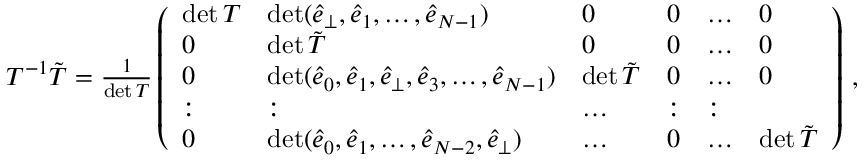
\begin{array} { r } { T ^ { - 1 } \tilde { T } = \frac { 1 } { \operatorname* { d e t } T } \left( \begin{array} { l l l l l l } { \operatorname* { d e t } T } & { \operatorname* { d e t } ( \hat { e } _ { \perp } , \hat { e } _ { 1 } , \dots , \hat { e } _ { N - 1 } ) } & { 0 } & { 0 } & { \dots } & { 0 } \\ { 0 } & { \operatorname* { d e t } \tilde { T } } & { 0 } & { 0 } & { \dots } & { 0 } \\ { 0 } & { \operatorname* { d e t } ( \hat { e } _ { 0 } , \hat { e } _ { 1 } , \hat { e } _ { \perp } , \hat { e } _ { 3 } , \dots , \hat { e } _ { N - 1 } ) } & { \operatorname* { d e t } \tilde { T } } & { 0 } & { \dots } & { 0 } \\ { : } & { : } & { \dots } & { : } & { : } \\ { 0 } & { \operatorname* { d e t } ( \hat { e } _ { 0 } , \hat { e } _ { 1 } , \dots , \hat { e } _ { { N } - 2 } , \hat { e } _ { \perp } ) } & { \dots } & { 0 } & { \dots } & { \operatorname* { d e t } \tilde { T } } \end{array} \right) \, , } \end{array}